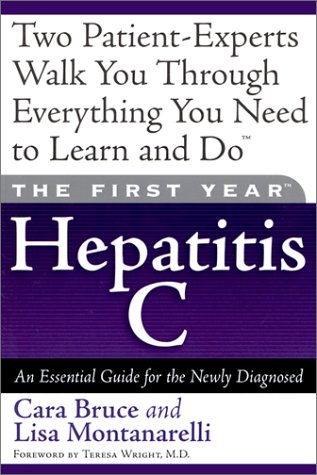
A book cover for The First Year--Hepatitis C: An Essential Guide for the Newly Diagnosed; Cara Bruce; Health, Fitness & Dieting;